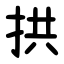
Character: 拱